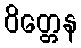
ဝိတ္တေန